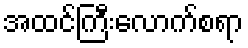
အထင်ကြီးလောက်စရာ